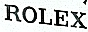
ROLEX